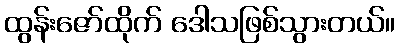
ထွန်းဇော်ထိုက် ဒေါသဖြစ်သွားတယ်။